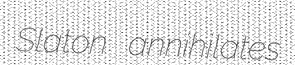
Slaton annihilates